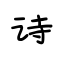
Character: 诗